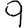
Digit: 9